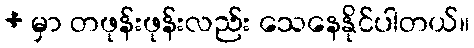
+ မှာ တဖုန်းဖုန်းလည်း သေနေနိုင်ပါတယ်။